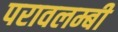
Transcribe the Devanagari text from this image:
परावलम्बी